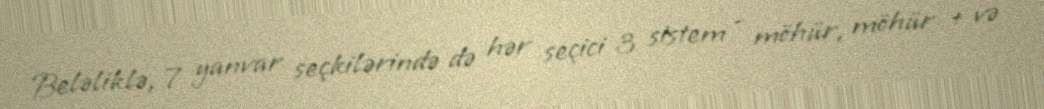
Beləliklə, 7 yanvar seçkilərində də hər seçici 3 sistem - möhür, möhür + və